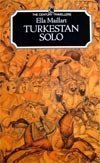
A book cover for Turkestan Solo: One Woman's Expedition from the Tien Shan to the Kizil Kum (Century Travel Classic); Ella Maillart; Travel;